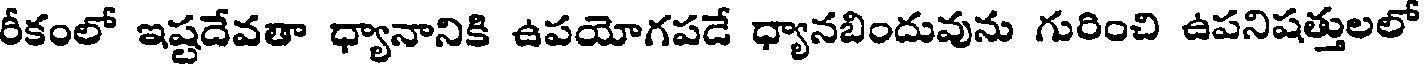
రీకంలో ఇష్టదేవతా ధ్యానానికి ఉపయోగపడే ధ్యానబిందువును గురించి ఉపనిషత్తులలో